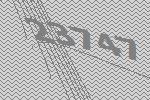
23747